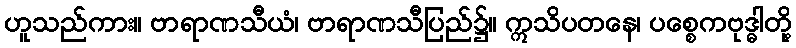
ဟူသည်ကား။ ဗာရာဏသီယံ၊ ဗာရာဏသီပြည်၌။ ဣသိပတနေ၊ ပစ္စေကဗုဒ္ဓါတို့